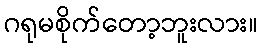
ဂရုမစိုက်တော့ဘူးလား။